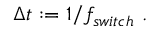
\begin{array} { r } { \Delta t : = 1 / f _ { s w i t c h } \ . } \end{array}